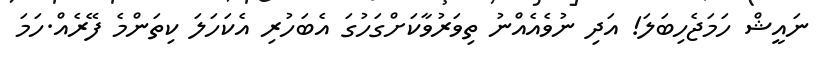
ނައީޝް ހަމަޖެހިބަލަ! އަދި ނުވެއެއްނު ތިވަރުވާކަށްގަހުގަ އެބަހުރި އެކަހަލަ ކިތަންމެ ފޭރެއް.ހަމަ